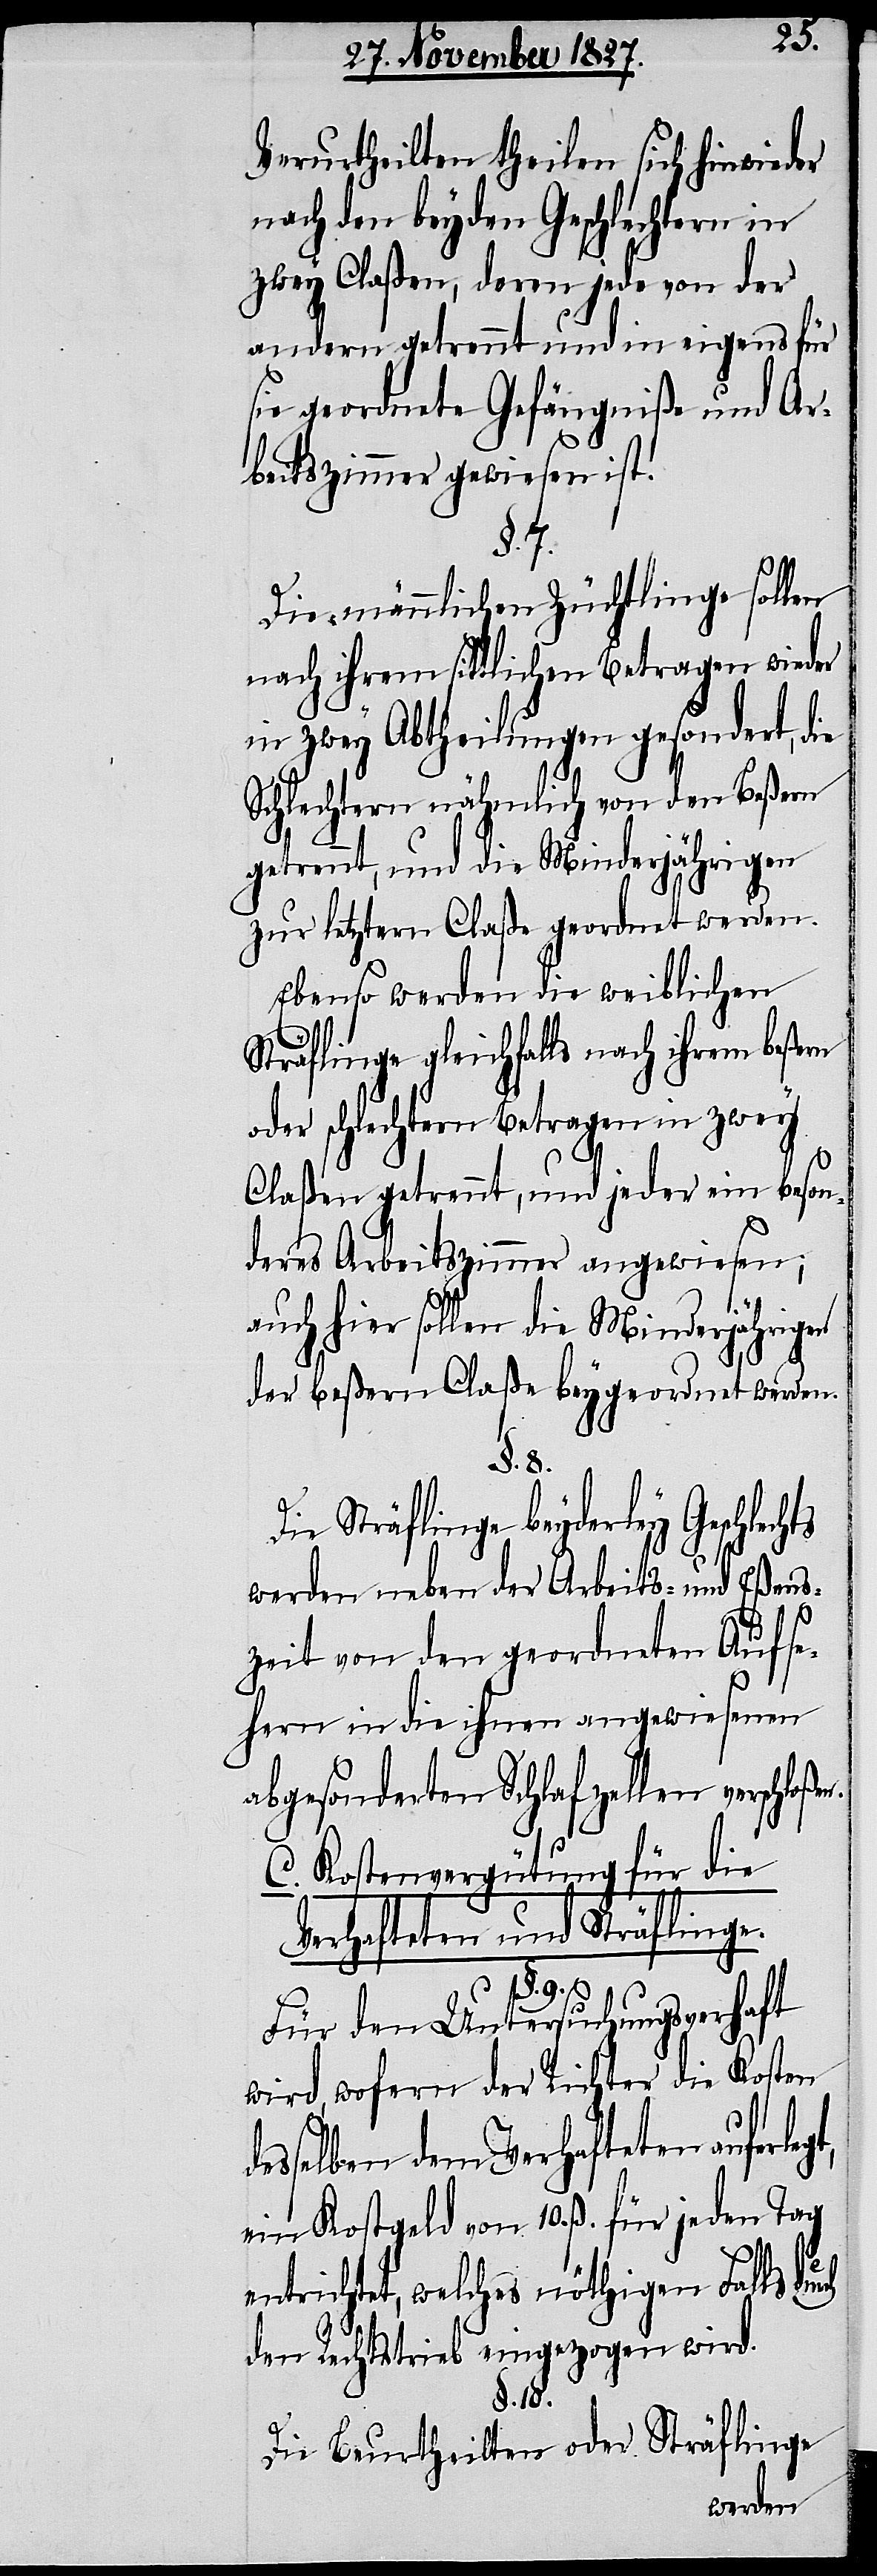
Verurtheilten theilen sich hinwieder
nach den beyden Geschlechtern in
zwey Claßen, deren jede von der
andern getrennt und in eigens für
sie geordnete Gefängniße und Ar¬
beitszimmer gewiesen ist.
§. 7.
Die männlichen Züchtlinge sollen
nach ihrem sittlichen Betragen wieder
in zwey Abtheilungen gesondert, die
Schlechtern nähmlich von den Beßern
getrennt, und die Minderjährigen
zur letzten Claße geordnet werden.
Ebenso werden die weiblichen
Sträflinge gleichfalls nach ihrem beßern
oder schlechtern Betragen in zwey
Claßen getrennt, und jeder ein beson¬
deres Arbeitszimmer angewiesen;
auch hier sollen die Minderjährigen
der beßern Claße beygeordnet werden.
gt,
Die Sträflinge beyderley Geschlech¬
werden neben der Arbeits- und Eßens¬
ch
zeit von den geordneten Aufse¬
hern in die ihnen angewiesenen
abgesonderten Schlafzellen verschlo¬
C. Kostenvergütung für die
Verhafteten und Sträflinge.
§. 9.
Für den Untersuchungsverhaft
wird, wofern der Richter die Kosten
esselben dem Verhafteten auferle¬
ein Kostgeld von 10. ß. für jeden Tag
entrichtet, welches nöthigen Falls dur¬
den Rechtstrieb eingezogen wird.
§. 10.
Die Beurtheilten oder Sträflinge